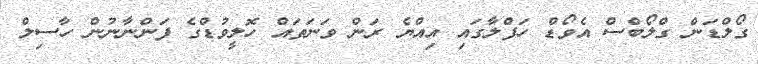
ގޯލްޑަން ގްލޯބްސް އެވޯޑް ހަފްލާގައި އިއްޔެ ރަން ވަނަތައް ހޮލީވުޑްގެ ފަންނާނުން ހާސިލް